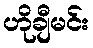
ဟိုချီမင်း